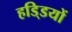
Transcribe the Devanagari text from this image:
हडि्‍डयों